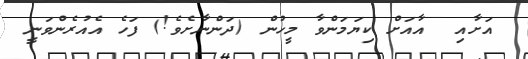
އަށާއި  އާއަށް ކިޔަމަންވާ މީހުން (ދަންނާށެވެ!) ފަހެ އެއުރެންވަނީ